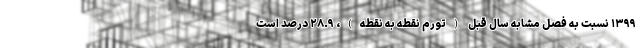
١٣٩٩ نسبت به فصل مشابه سال قبل (تورم نقطه به نقطه)، ٢٨.٩ درصد است